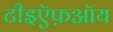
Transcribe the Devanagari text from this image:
टीइऍफ़ऑय